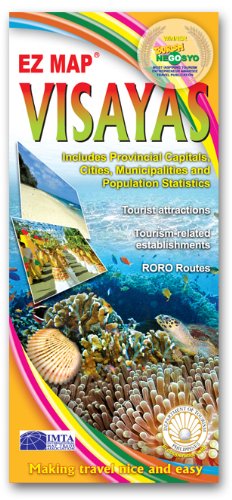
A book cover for Visayas (Philippines); EZ Map; Travel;